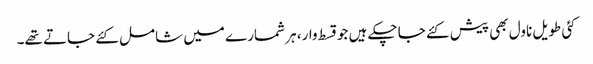
کئی طویل ناول بھی پیش کئے جا چکے ہیں جو قسط وار، ہر شمارے میں شامل کئے جاتے تھے۔